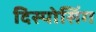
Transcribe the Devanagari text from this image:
दिस्पोसिंग